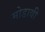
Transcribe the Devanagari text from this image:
मोडावी